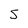
Character: 5